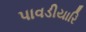
પાવડીયારિ